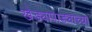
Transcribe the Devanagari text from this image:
खेड्यापाड्याच्या